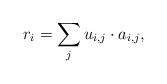
\begin{align*}r_i = \sum_j u_{i,j} \cdot a_{i,j},\end{align*}